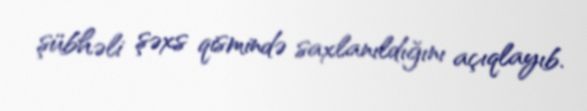
şübhəli şəxs qismində saxlanıldığını açıqlayıb.